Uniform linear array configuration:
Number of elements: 8
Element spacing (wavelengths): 0.25
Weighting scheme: cosine
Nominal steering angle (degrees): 60
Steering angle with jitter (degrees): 59.972
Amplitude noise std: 0.05
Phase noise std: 0.05

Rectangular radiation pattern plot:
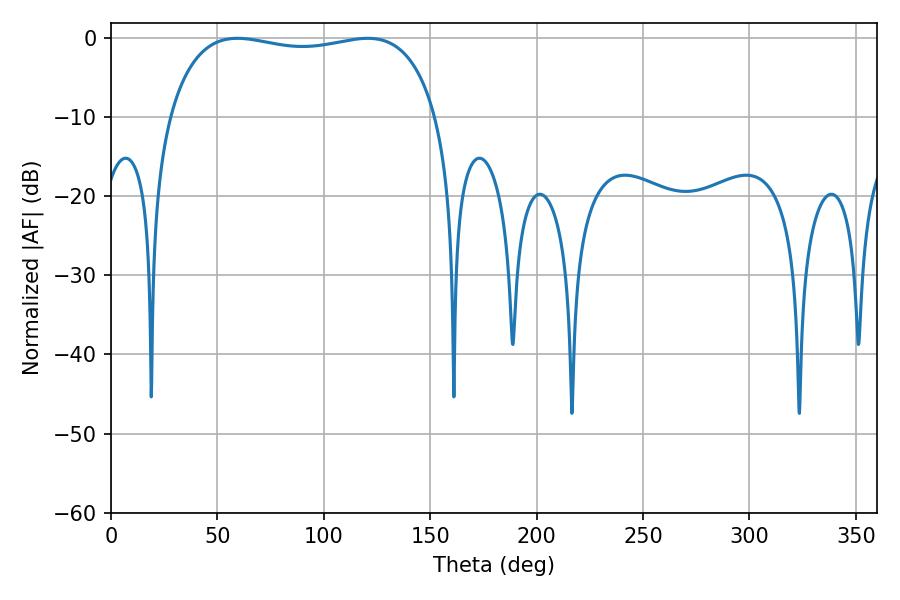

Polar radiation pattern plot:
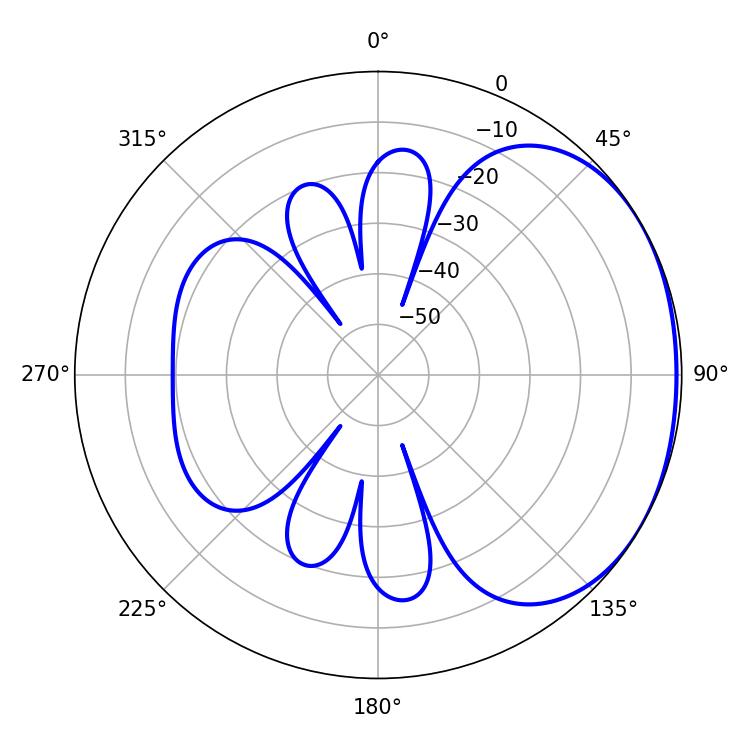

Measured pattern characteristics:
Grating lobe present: FALSE
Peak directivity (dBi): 1.557
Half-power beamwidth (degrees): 102.24
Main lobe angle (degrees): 59.4